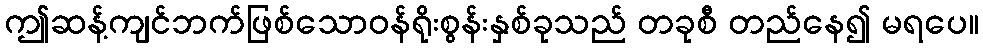
ဤဆန့်ကျင်ဘက်ဖြစ်သောဝန်ရိုးစွန်းနှစ်ခုသည် တခုစီ တည်နေ၍ မရပေ။